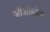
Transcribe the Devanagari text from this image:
जीओसीएल